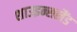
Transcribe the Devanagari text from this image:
शाउइन्सलैंड